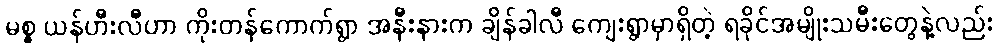
မစ္စ ယန်ဟီးလီဟာ ကိုးတန်ကောက်ရွာ အနီးနားက ချိန်ခါလီ ကျေးရွာမှာရှိတဲ့ ရခိုင်အမျိုးသမီးတွေနဲ့လည်း